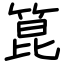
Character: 箟